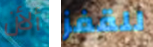
ألأن للقفز